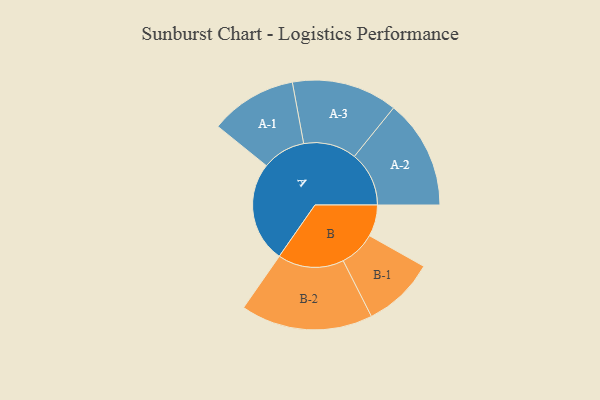
{"axis": {"x": "Segment", "y": "Value"}, "legend": ["", "A", "B"], "data": [{"x": "A", "y": 413, "type": ""}, {"x": "B", "y": 129, "type": ""}, {"x": "A-1", "y": 178, "type": "A"}, {"x": "A-2", "y": 224, "type": "A"}, {"x": "A-3", "y": 217, "type": "A"}, {"x": "B-1", "y": 148, "type": "B"}, {"x": "B-2", "y": 271, "type": "B"}]}